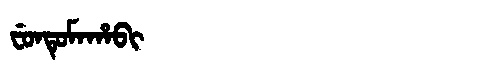
Manchu: ᠸᡠᠨᡨᡠᠮᠠᡥᠠᠪᡳ
Romanization: FUNTUMAHABI